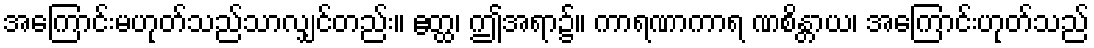
အကြောင်းမဟုတ်သည်သာလျှင်တည်း။ ဧတ္ထ၊ ဤအရာ၌။ ကာရဏာကာရ ဏစိန္တာယ၊ အကြောင်းဟုတ်သည်